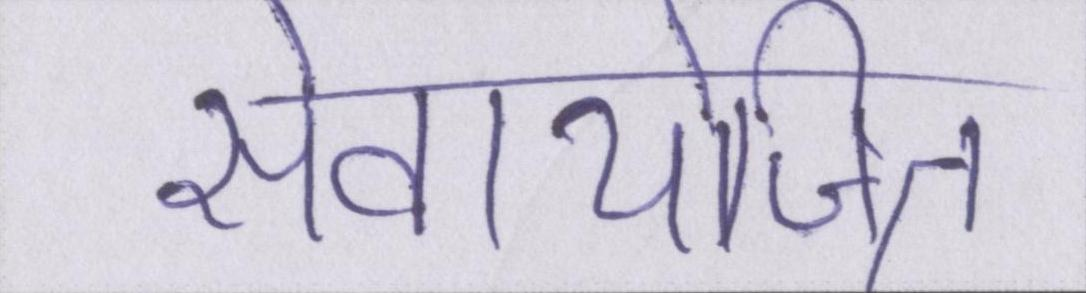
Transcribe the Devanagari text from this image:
सेवायोजित